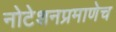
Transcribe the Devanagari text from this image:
नोटेशनप्रमाणेच